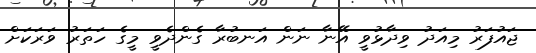
ޖައުފަރު މިއަދު ވިދާޅުވީ އޭނާ ނަން އަނބުރާ ގެންދެވީ މީގެ ހަތަރު ވަރަކަށް